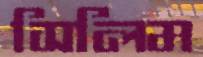
সিলিম